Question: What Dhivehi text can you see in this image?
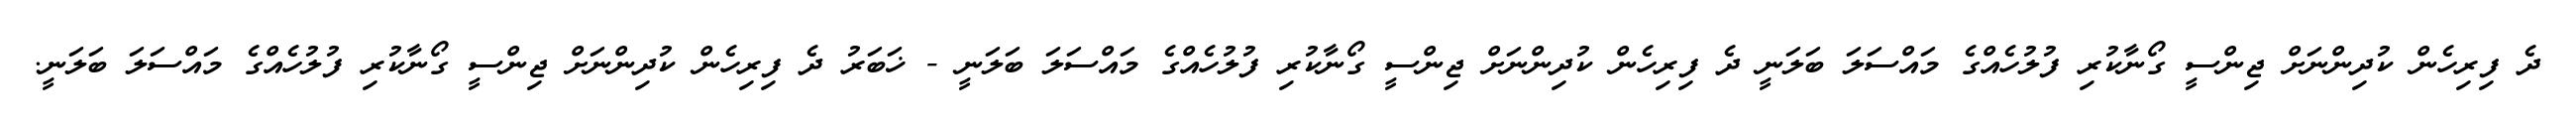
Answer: ދެ ފިރިހެން ކުދިންނަށް ޖިންސީ ގޯނާކުރި ފުލުހެއްގެ މައްސަލަ ބަލަނީ ދެ ފިރިހެން ކުދިންނަށް ޖިންސީ ގޯނާކުރި ފުލުހެއްގެ މައްސަލަ ބަލަނީ - ޚަބަރު ދެ ފިރިހެން ކުދިންނަށް ޖިންސީ ގޯނާކުރި ފުލުހެއްގެ މައްސަލަ ބަލަނީ.